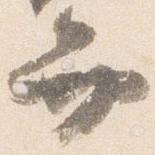
弁